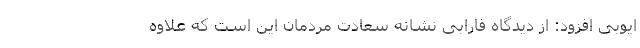
ایوبی افزود: از دیدگاه فارابی نشانه سعادت مردمان این است که علاوه